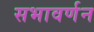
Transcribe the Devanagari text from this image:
सभावर्णन